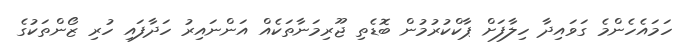
ހަމައެހެންމެ ގަވައިދާ ހިލާފަށް ޕާކްކުރުމުން ބޮޑެތި ޖޫރިމަނާތަކެއް އަންނައިރު ހަދާފައި ހުރި ޒޯންތަކުގެ